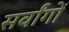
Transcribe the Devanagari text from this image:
सर्वांगों